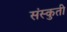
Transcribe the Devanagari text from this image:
संस्कुती